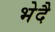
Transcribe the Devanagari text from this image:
भेदै